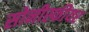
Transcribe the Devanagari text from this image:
सोनीस्फीयर